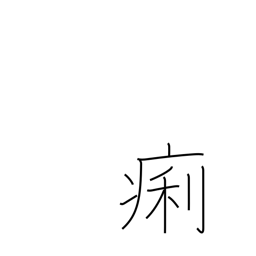
Meaning: diarrhea